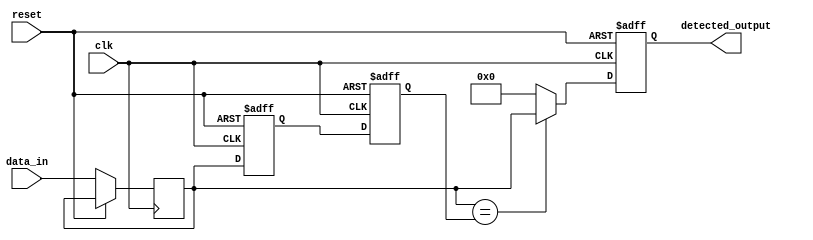
module MemoryBlocksSamplingDelayLineDetector #(
    parameter DATA_WIDTH = 8,         // Width of the input data
    parameter DELAY_LINE_LENGTH = 4,   // Number of memory blocks (delay stages)
    parameter SAMPLING_RATE = 10       // Sampling rate (in Hz)
)(
    input wire clk,                    // System clock
    input wire reset,                  // Asynchronous reset
    input wire [DATA_WIDTH-1:0] data_in, // Input data signal
    output reg [DATA_WIDTH-1:0] detected_output // Output signal indicating detection
);

    // Memory blocks (delay line)
    reg [DATA_WIDTH-1:0] delay_line [0:DELAY_LINE_LENGTH-1];

    // Internal signals
    reg [DATA_WIDTH-1:0] current_sample;
    integer i;

    // Sampling process
    always @(posedge clk or posedge reset) begin
        if (reset) begin
            // Reset all memory blocks
            for (i = 0; i < DELAY_LINE_LENGTH; i = i + 1) begin
                delay_line[i] <= 0;
            end
            detected_output <= 0;
        end else begin
            // Shift the samples through the delay line
            current_sample <= data_in;
            delay_line[0] <= current_sample;

            for (i = 1; i < DELAY_LINE_LENGTH; i = i + 1) begin
                delay_line[i] <= delay_line[i-1];
            end

            // Comparator logic
            // Example: Detect if the current sample is equal to the first delayed sample
            if (current_sample == delay_line[1]) begin
                detected_output <= current_sample; // Output the detected value
            end else begin
                detected_output <= 0; // No detection
            end
        end
    end

endmodule